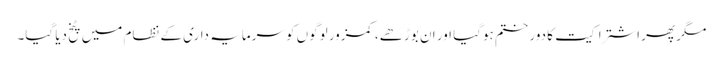
مگر پھر اشتراکیت کا دور ختم ہوگیا اور ان بوڑھے، کمزور لوگوں کو سرمایہ داری کے نظام میں پٹخ دیا گیا۔